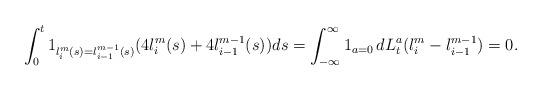
LaTeX: \begin{align*}\int_0^t 1_{l^m_i(s) = l^{m - 1}_{i - 1}(s)} (4 l_i^m(s) + 4 l_{i - 1}^{m - 1}(s)) ds = \int_{-\infty}^\infty 1_{a = 0}\, dL^{a}_t(l^m_i - l^{m - 1}_{i - 1}) = 0.\end{align*}